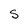
Character: S